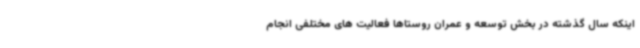
اینکه سال گذشته در بخش توسعه و عمران روستاها فعالیت های مختلفی انجام